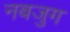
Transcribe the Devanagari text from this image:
नबजुग